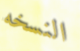
النسخه